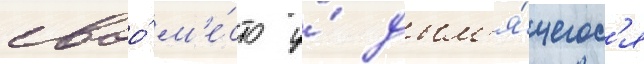
своо́ м'е́сто у́ дым'я́щегос'я